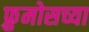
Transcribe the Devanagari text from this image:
फ्रुमोसच्या